Vaccination in Burma 1920-1933 - 1920-1933
Year: 1920
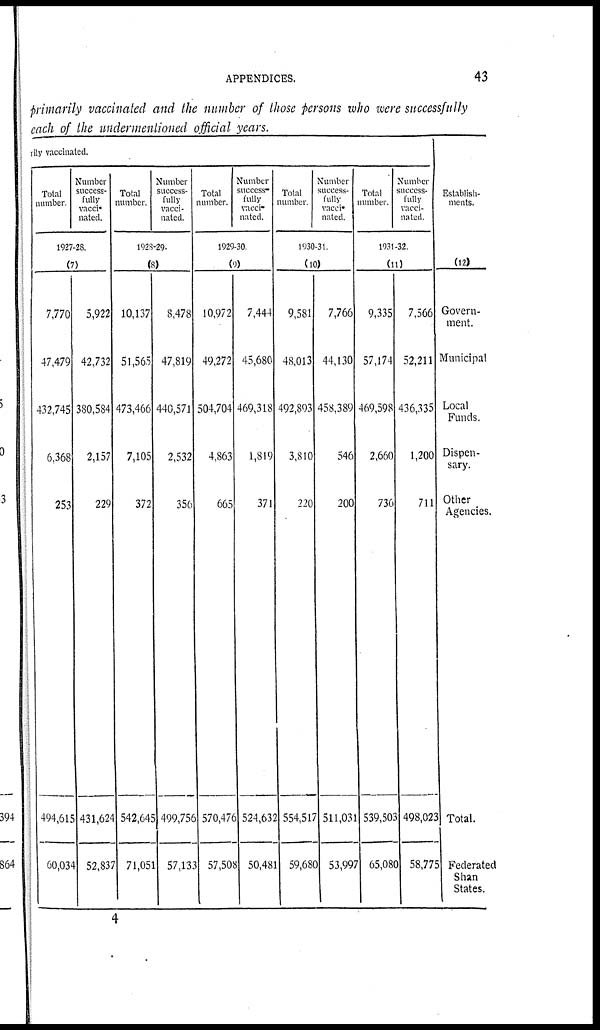
APPENDICES.
43
primarily vaccinated and the number of those persons who were successfully
each of the undermentioned official years.
rily vaccinated.
Total
number.
Number
success-
fully
vacci-
nated.
1927-28.
(7)
7,770
47,479
432,745
6,368
253
494,615
60,034
5,922
42,732
380,584
2,157
229
431,624
52,837
Total
number.
Number
success-
fully
vacci-
nated.
1928-29.
(8)
10,137
51,565
473,466
7,105
372
542,645
71,051
8,478
47,819
440,571
2,532
356
499,756
57,133
Total
number.
Number
success-
fully
vacci-
nated.
1929-30.
(9)
10,972
49,272
504,704
4,863
665
570,476
57,508
7,444
45,680
469,318
1,819
371
524,632
50,481
Total
number.
Number
success-
fully
vacci-
nated.
1930-31.
(10)
9,581
48,013
492,893
3,810
220
554,517
59,680
7,766
44,130
458,389
546
200
511,031
53,997
Total
number.
Number
success-
fully
vacci-
nated.
1931-32.
(11)
9,335
57,174
469,598
2,660
736
539,503
65,080
7,566
52,211
436,335
1,200
711
498,023
58,775
Establish-
ments.
(12)
Govern-
ment.
Municipal
Local
Funds.
Dispen-
sary.
Other
Agencies.
Total.
Federated
Shan
States.
4